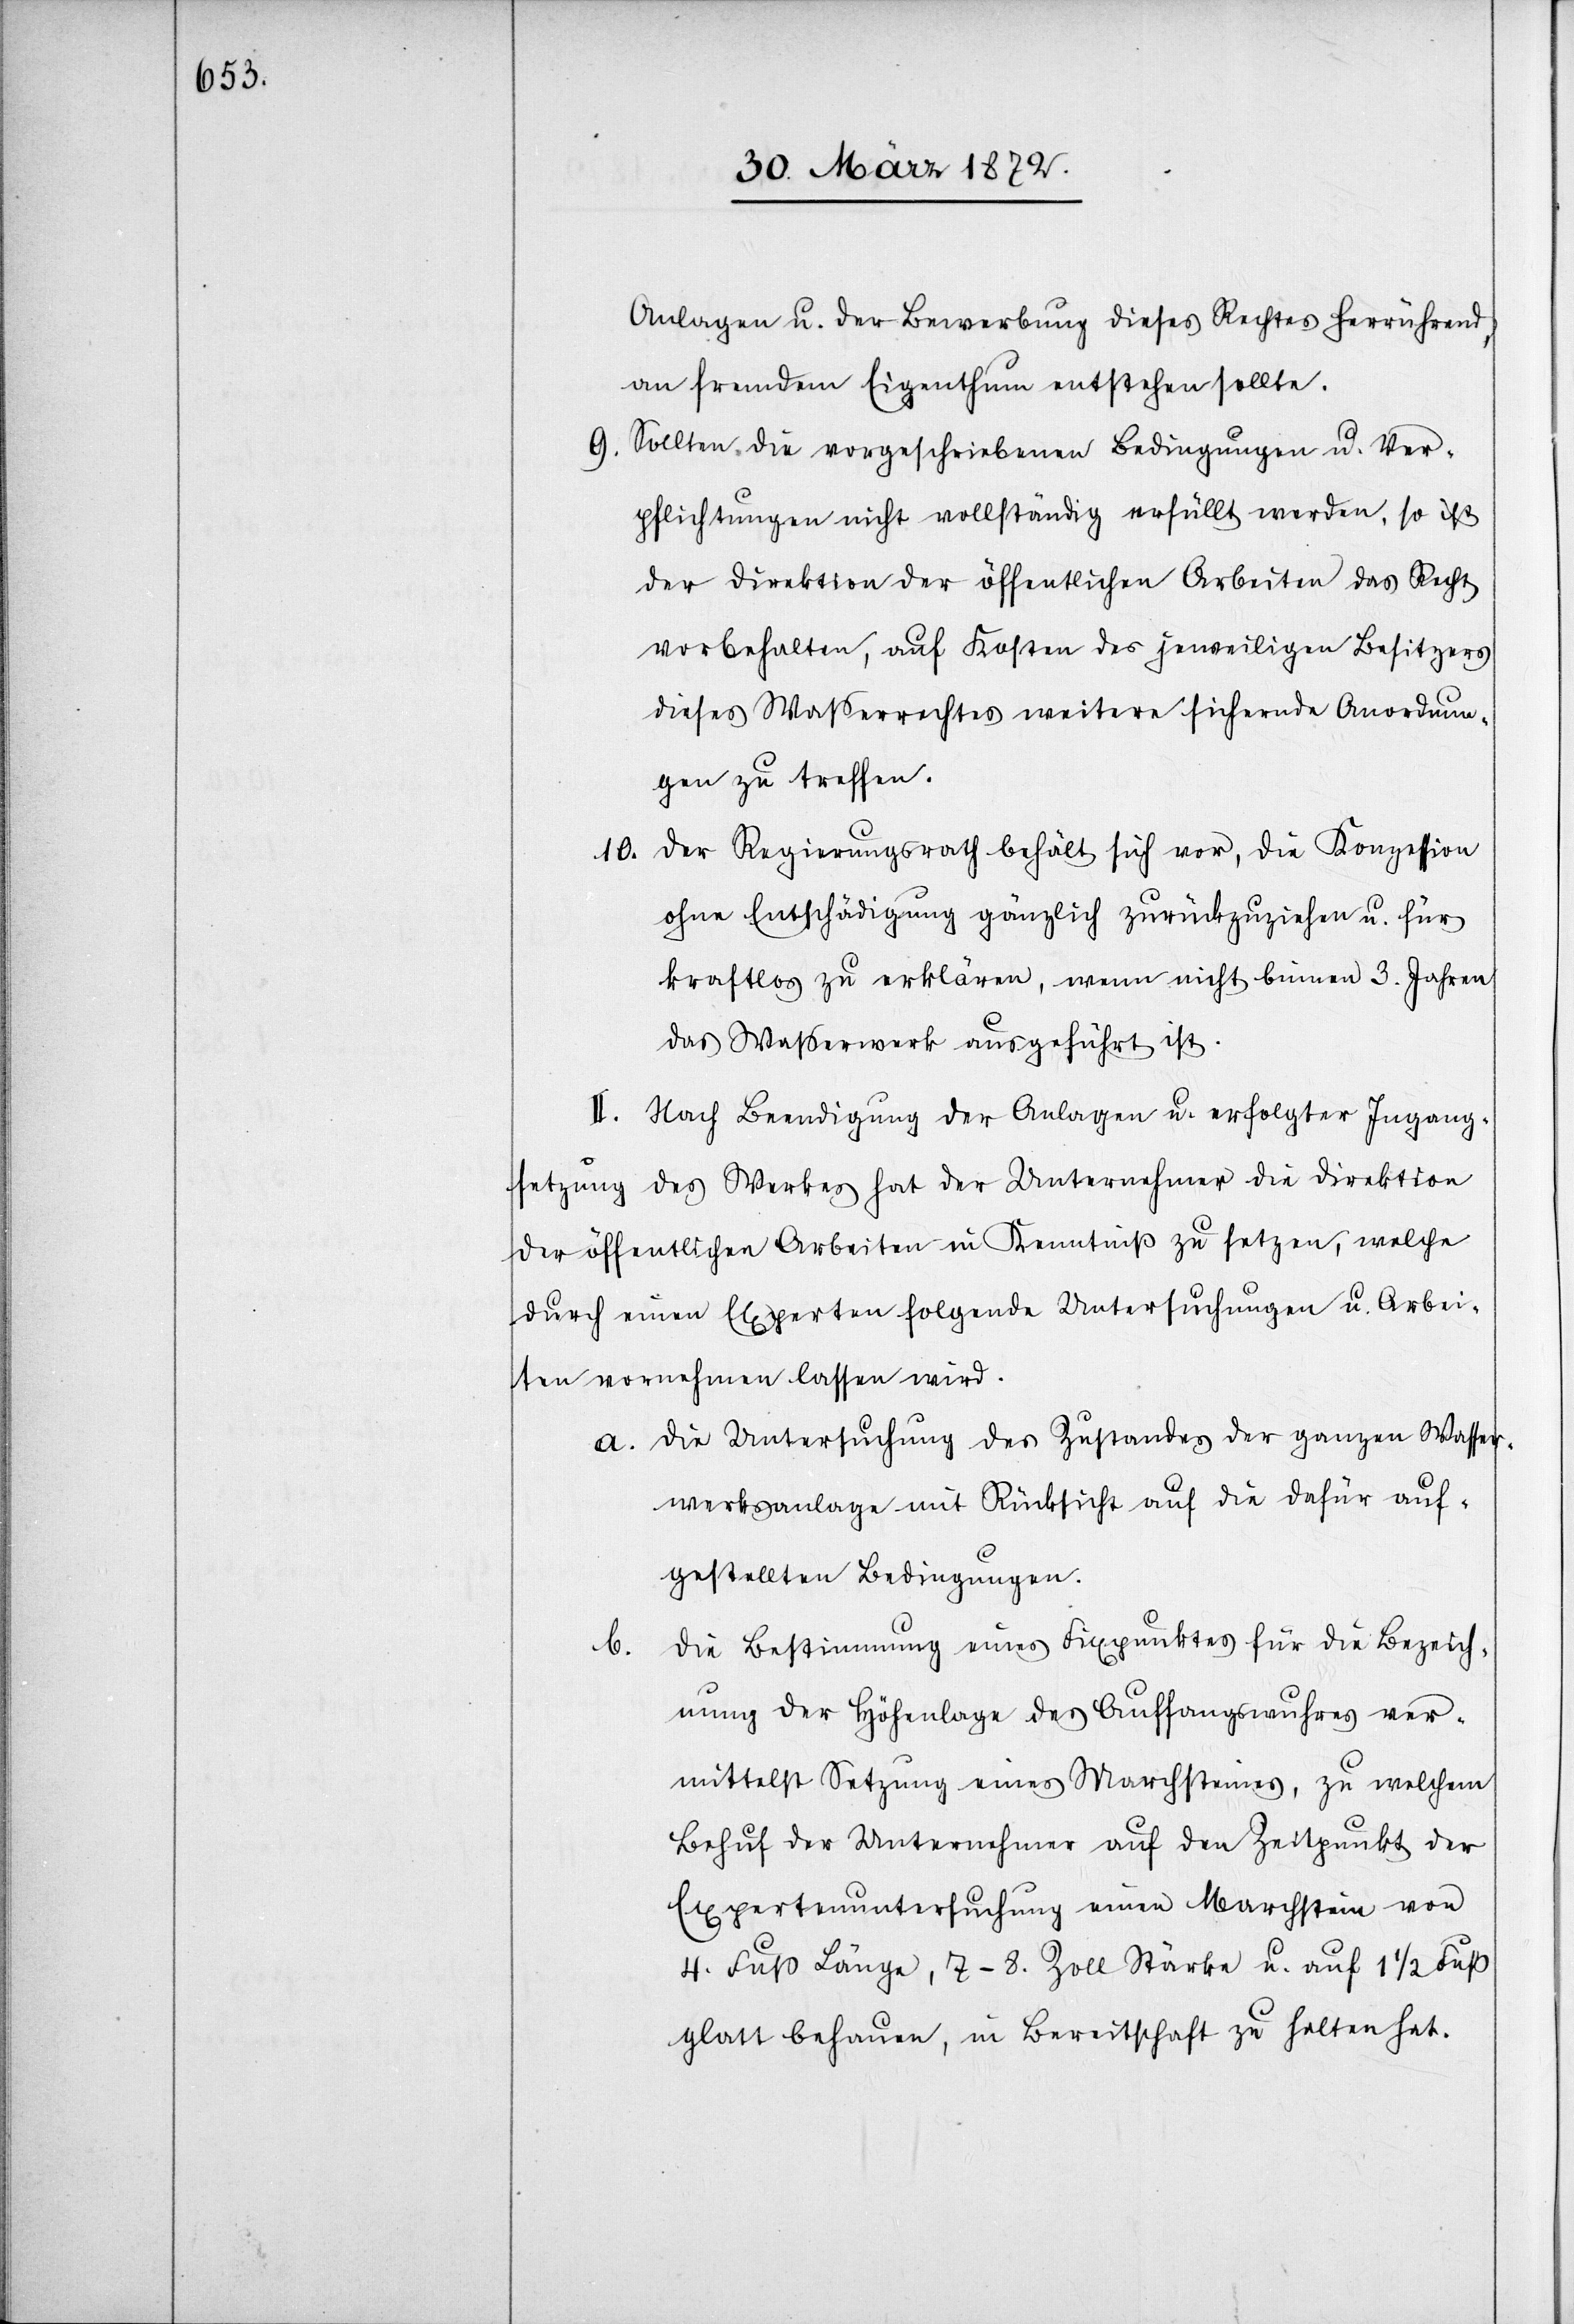
Anlagen u. der Bewerbung dieses Rechtes herrührend,
an fremdem Eigenthum entstehen sollte.
9. Sollten die vorgeschriebenen Bedingungen u. Ver¬
pflichtungen nicht vollständig erfüllt werden, so ist
der Direktion der öffentlichen Arbeiten das Recht
vorbehalten, auf Kosten des jeweiligen Besitzers
dieses Wasserrechtes weitere sichernde Anordnun¬
gen zu treffen.
10. Der Regierungsrath behält sich vor, die Konzession
ohne Entschädigung gänzlich zurückzuziehen u. für
kraftlos zu erklären, wenn nicht binnen 3. Jahren
das Wasserwerk ausgeführt ist.
II. Nach Beendigung der Anlagen u. erfolgter Ingang¬
setzung des Werkes hat der Unternehmer die Direktion
der öffentlichen Arbeiten in Kenntniß zu setzen, welche
durch einen Experten folgende Untersuchungen u. Arbei¬
ten vornehmen lassen wird.
a. Die Untersuchung des Zustandes der ganzen Wasser¬
werksanlage mit Rücksicht auf die dafür auf¬
gestellten Bedingungen.
Die Bestimmung eines Fixpunktes für die Bezeich¬
b.
nung der Höhenlage des Auffangswuhres ver¬
mittelst Setzung eines Marchsteines, zu welchem
Behuf der Unternehmer auf den Zeitpunkt der
Expertenuntersuchung einen Marchstein von
4. Fuß Länge, 7–8. Zoll Stärke u. auf 11/2 Fuß
glatt behauen, in Bereitschaft zu halten hat.